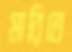
মারিতে